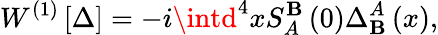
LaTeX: W^{\left(1\right)}\left[\Delta\right]=-i\intd^{4}xS_{A}^{\mathbf{B}}\left(0\right)\Delta_{\mathbf{B}}^{A}\left(x\right),